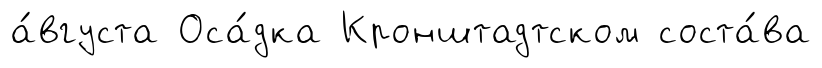
а́вгуста Оса́дка Кронштадтском соста́ва